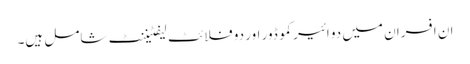
ان افسران میں دو ائیر کموڈور اور دو فلائٹ لیفٹیننٹ شامل ہیں۔